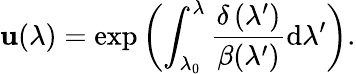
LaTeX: \mathbf{u}(\lambda)=\exp\left(\int_{\lambda_{0}}^{\lambda}\frac{{\delta\left(\lambda^{\prime}\right)}}{{\beta(\lambda^{\prime})}}\mathrm{{d}}\lambda^{\prime}\right).